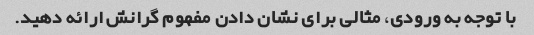
با توجه به ورودی، مثالی برای نشان دادن مفهوم گرانش ارائه دهید.